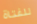
للفتاة